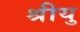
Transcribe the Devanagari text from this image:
श्रीयु